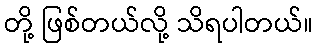
တို့ ဖြစ်တယ်လို့ သိရပါတယ်။